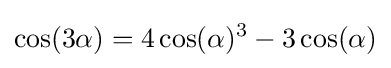
\cos(3\alpha )=4\cos(\alpha )^{3}-3\cos(\alpha )